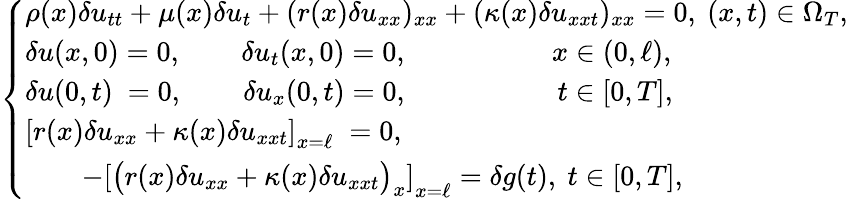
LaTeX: \begin{array}{r}{\left\{ \begin{array}{lc}{\rho(x)\delta u_{tt}+\mu(x)\delta u_{t}+(r(x)\delta u_{xx})_{xx}+(\kappa(x)\delta u_{xxt})_{xx}=0,\ (x,t)\in\Omega_{T},}\\ {\delta u(x,0)=0,~\quad\; \; \ \delta u_{t}(x,0)=0,~\qquad\qquad\; \; \ x\in(0,\ell),}\\ {\delta u(0,t)\ =0,~\quad\; \; \; \delta u_{x}(0,t)=0,~\qquad\qquad\quad t\in[0,T],}\\ {\left[r(x)\delta u_{xx}+\kappa(x)\delta u_{xxt}\right]_{x=\ell}\; =0,~\quad\qquad\ \quad\; \; }\\ {\qquad-\left[\big(r(x)\delta u_{xx}+\kappa(x)\delta u_{xxt}\big)_{x}\right]_{x=\ell}=\delta g(t),\ t\in[0,T],}\end{array}\right.}\end{array}